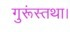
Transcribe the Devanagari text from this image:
गुरूंस्तथा।